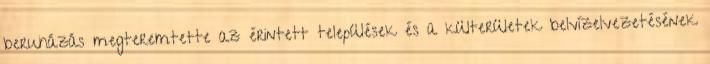
beruházás megteremtette az érintett települések és a külterületek belvízelvezetésének